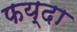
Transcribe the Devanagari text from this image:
फय्दा